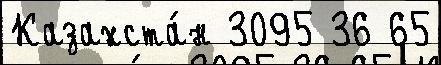
Казахста́н 3095 36 65